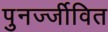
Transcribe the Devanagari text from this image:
पुनर्ज्जीवित